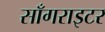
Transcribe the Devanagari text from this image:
साँगराइटर